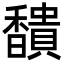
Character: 𩡞